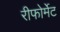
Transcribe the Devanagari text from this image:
रीफोर्मेट